Report on malaria in the Punjab during the year ...  together with an account of the work of the Punjab Malaria Bureau - Volume 6
Disease focus: Malaria
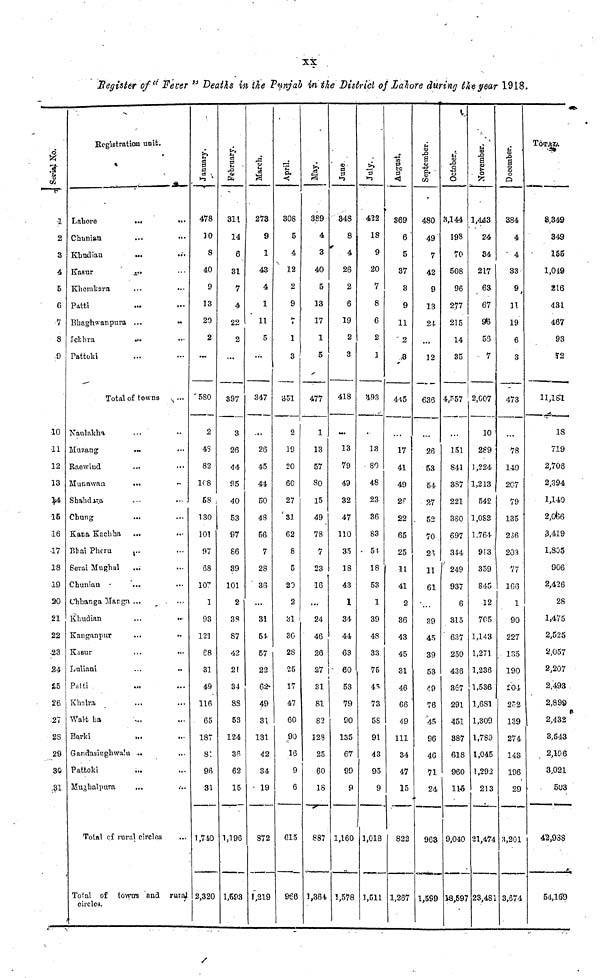
XX
Register of" Fever" Deaths in the Punjab in ike District of Lahore during the year 1918.
Serial No.
1
2
3
4
5
6
7
S
9
10
11
12
13
14,
15
16
17
18
19
20
21
22
23
24
25
26
27
28
29
30
31
Registration unit.
Lahore
Chunian
Khudian
Kasur
Khemkarn
Patti
Bhaghwanpura
Ichhra
Pattoki
...
...
...
...
...
...
...
...
Total of towns
Naulakha
Muzang
Raewind
Munawan
Shahdara
Chung
Kana Kachha
Bhai Phcru
Serai Mughal
Chunian
Chbanga Marga
Khudian
Kanganpur
Kasur
Luliani
Patti
Khalra
Walt ha
Barki
Gandasinghwala
Pattoki
Mughalpura
...
...
...
...
...
...
...
...
...
...
...
...
...
...
...
...
...
...
...
...
...
...
Total of rural circles
...
...
...
...
...
...
...
...
...
...
...
...
...
...
...
...
...
...
...
••
••
...
...
...
...
...
...
...
...
...
...
Total of towns and rural
circles.
January.
478
10
8
40
9
13
20
2
580
2
48
82
108
58 ..
130
101
97
68
107
1
93
121
68
31
49
116
65
187
81
96
31
1,740
2,320
February.
311
14
6
31
7
4
22
2
397
3
26
44
95
40
53
97
86
39
101
2
38
87
42
21
34
88
53
124
36
62
15
1,196
1,593
March.
273
9
1
43
4
1
11
5
347
...
26
45
44
50
48
56
7
28
36
...
31
54
57
22
62
49
31
131
42
34
19
872
1,219
April.
308
5
4
12
2
9
7
1
3
351
2
19
20
60
27
31
62
8
5
20
2
3l
36
28
25
17
47
60
90
16
9
6
615
966
May.
389
4
3
40
5
13
17
1
5
477
1
13
57
80
15
49
78
7
23
16
...
24
46
26
27
31
81
82
128
25
60
18
887
1,364
June
348
8
4
26
2
6
19
2
o
418
...
13
79
49
32
47
110
35
18
43
1
34
44
63
60
53
79
90
135
67
99
9
1,160
1,578
July.
422
18
9
20
7
8
6
2
1
493
13
80
48
23
36
83
54
18
53
1
39
48
3.3
75
45
73
58
91
43
95
9
1,018
1,511
August.
369
6
5
37
3
9
11
2
3
445
17
41
49
26
22
65
25
11
41
2
36
43
45
31
46
66
49
111
34
47
15
822
1,267
September.
480
49
7
42
9
13
24
12
636
26
53
54
27
52
70
26
11
61
39
45
39
53
49
76
45
96
46
71
24
963
1,599
October..
3,144
198
70
508
96
277
215
14
35
4,557
151
841
387
221
380
697
344
249
937
6
315
637
250
436
367
291
451
387
618
960
115
9,040
18,597
November.
1,443
24
34
217
63
67
96
56
7
2,007
10
289
1,224
1,213
542
1,083
1,764
913
359
845
12
705
1,143
1,271
1,236
1,536
1,681
1,309
1,789
1,045
1,292
213
21,474
23,481
December.
384
4
4
33
9
11
19
6
3
473
78
140
207
79
135
236
203
77
166
1
90
227
135
190
204
252
139
274
143
196
29
3,201
3,674
TOTAL.
8,349
349
155
1,049
216
431
467
93
to
11,181
18
719
2,706
2,394
1,140
2,066
3,419
1,805
906
2,426
28
1,475
2,525
2,057
2,207
2,493
2,899
2,432
3,5-13
2,106
3,021
503
42,988
54,169